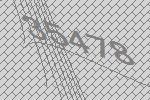
35478